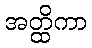
အတ္ထိကာ